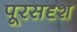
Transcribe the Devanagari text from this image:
पूरसदृश